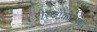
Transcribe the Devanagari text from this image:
रोस्‍जोकोवेस्‍की